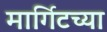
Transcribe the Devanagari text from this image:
मार्गिटच्या